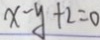
x - y + 2 = 0